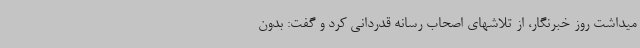
میداشت روز خبرنگار، از تلاشهای اصحاب رسانه قدردانی کرد و گفت: بدون